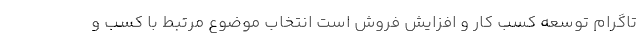
تاگرام توسعه کسب کار و افزایش فروش است انتخاب موضوع مرتبط با کسب و